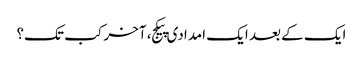
ایک کے بعد ایک امدادی پیکج، آخر کب تک؟